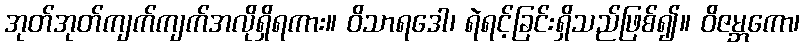
အုတ်အုတ်ကျက်ကျက်အလိုရှိရကား။ ဝိသာရဒေါ၊ ရဲရင့်ခြင်းရှိသည်ဖြစ်၍။ ဝိဇမ္ဘကော၊